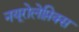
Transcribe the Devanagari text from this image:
नयूरोलेप्तिक्स